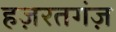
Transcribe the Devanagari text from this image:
हज़रतगंज़